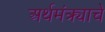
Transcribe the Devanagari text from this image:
अर्थमंत्र्याचे